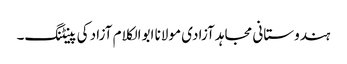
ہندوستانی مجاہد آزادی مولانا ابوالکلام آزاد کی پینٹنگ۔